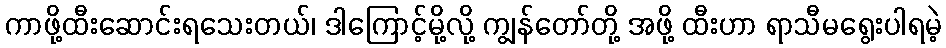
ကာဖို့ထီးဆောင်းရသေးတယ်၊ ဒါကြောင့်မို့လို့ ကျွန်တော်တို့ အဖို့ ထီးဟာ ရာသီမရွေးပါရမဲ့